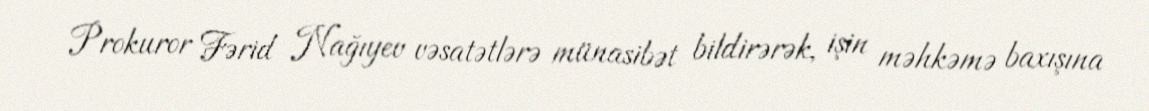
Prokuror Fərid Nağıyev vəsatətlərə münasibət bildirərək, işin məhkəmə baxışına